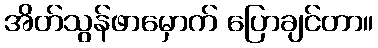
အိတ်သွန်ဖာမှောက် ပြောချင်တာ။